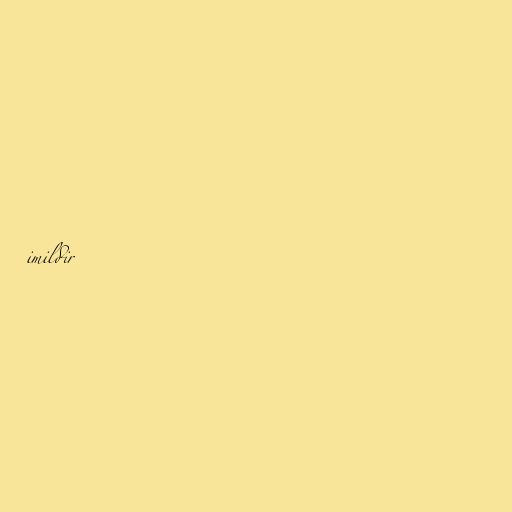
imildir